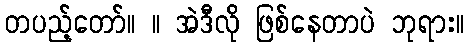
တပည့်တော်။ ။ အဲဒီလို ဖြစ်နေတာပဲ ဘုရား။